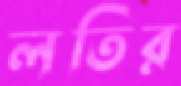
লতির